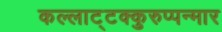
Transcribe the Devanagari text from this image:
कल्लाट्टक्कुरुप्पन्मार